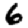
Digit: 6